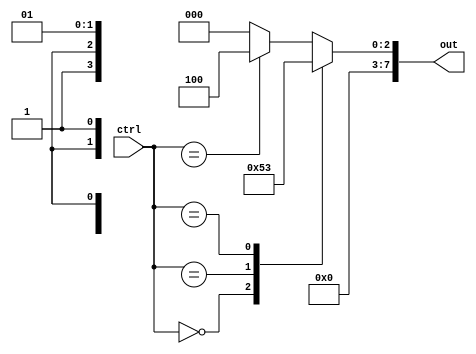
module casez_example (
    input wire [3:0] ctrl,
    output reg [7:0] out
);

always @(ctrl) begin
    casez(ctrl)
        4'b0000: out = 8'b00000001; // If ctrl is 0000
        4'b00x1: out = 8'b00000010; // If ctrl is 001X
        4'b1x01: out = 8'b00000011; // If ctrl is 1X01
        4'b1xxx: out = 8'b00000100; // If ctrl is 1XXX
        default: out = 8'b00000000; // Default case
    endcase
end

endmodule